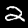
Digit: 2